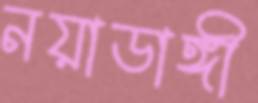
নয়াডাঙ্গী